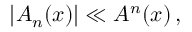
\left| { \cal A } _ { n } ( x ) \right| \ll { \cal A } ^ { n } ( x ) \, ,